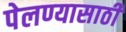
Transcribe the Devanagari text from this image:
पेलण्‍यासाठी